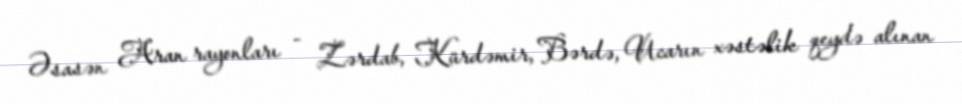
Əsasən Aran rayonları - Zərdab, Kürdəmir, Bərdə, Ucarın xəstəlik qeydə alınan